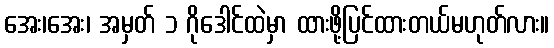
အေး၊အေး၊ အမှတ် ၁ ဂိုဒေါင်ထဲမှာ ထားဖို့ပြင်ထားတယ်မဟုတ်လား။